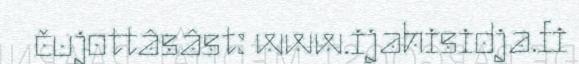
čujottâsâst: www.ijahisidja.fi